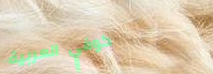
كوفي العربية